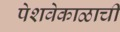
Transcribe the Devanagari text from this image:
पेशवेकाळाची